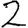
Digit: 2